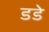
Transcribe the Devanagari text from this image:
डडे